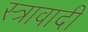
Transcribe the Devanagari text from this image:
स्त्रावादी